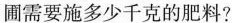
圃需要施多少千克的肥料?